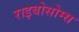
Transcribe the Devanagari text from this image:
राइबोसोम्स